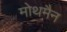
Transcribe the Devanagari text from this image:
मोथमैन